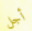
أجل